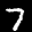
Label: 7